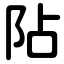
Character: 阽